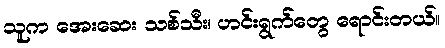
သူက အေးဆေး သစ်သီး၊ ဟင်းရွက်တွေ ရောင်းတယ်။